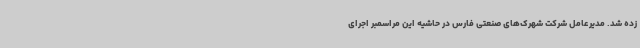
زده شد. مدیرعامل شرکت شهرک‌های صنعتی فارس در حاشیه این مراسمبر اجرای